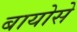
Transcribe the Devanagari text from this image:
बायोसे